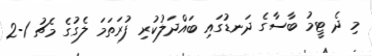
މި ދެ ޓީމު ބާސާގެ ދަނޑުގައި ބައްދަލުކުރި ފުރަތަމަ ލެގުގެ މެޗު 1-2